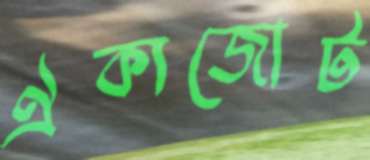
ঐক্যজোট